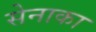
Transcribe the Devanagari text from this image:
सेनाका